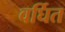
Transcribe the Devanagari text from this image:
वर्घित